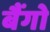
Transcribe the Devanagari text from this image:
बैंगो